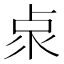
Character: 𠧹